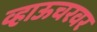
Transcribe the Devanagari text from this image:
व्हाऊचरवर